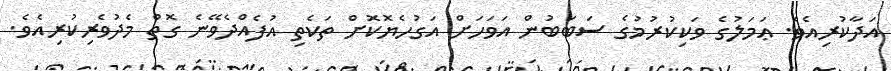
އަދާކުރިއެވެ. ޢަމަލުގެ ވަކިކުރުމުގެ ސަބަބުން އަވަހަށް އަގުހެޔޮކޮށް ތަކެތި އުފެއްދެވޭނެ ގޮތް މެދުވެރިކުރިއެވެ.